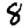
Digit: 8